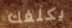
يكلفك